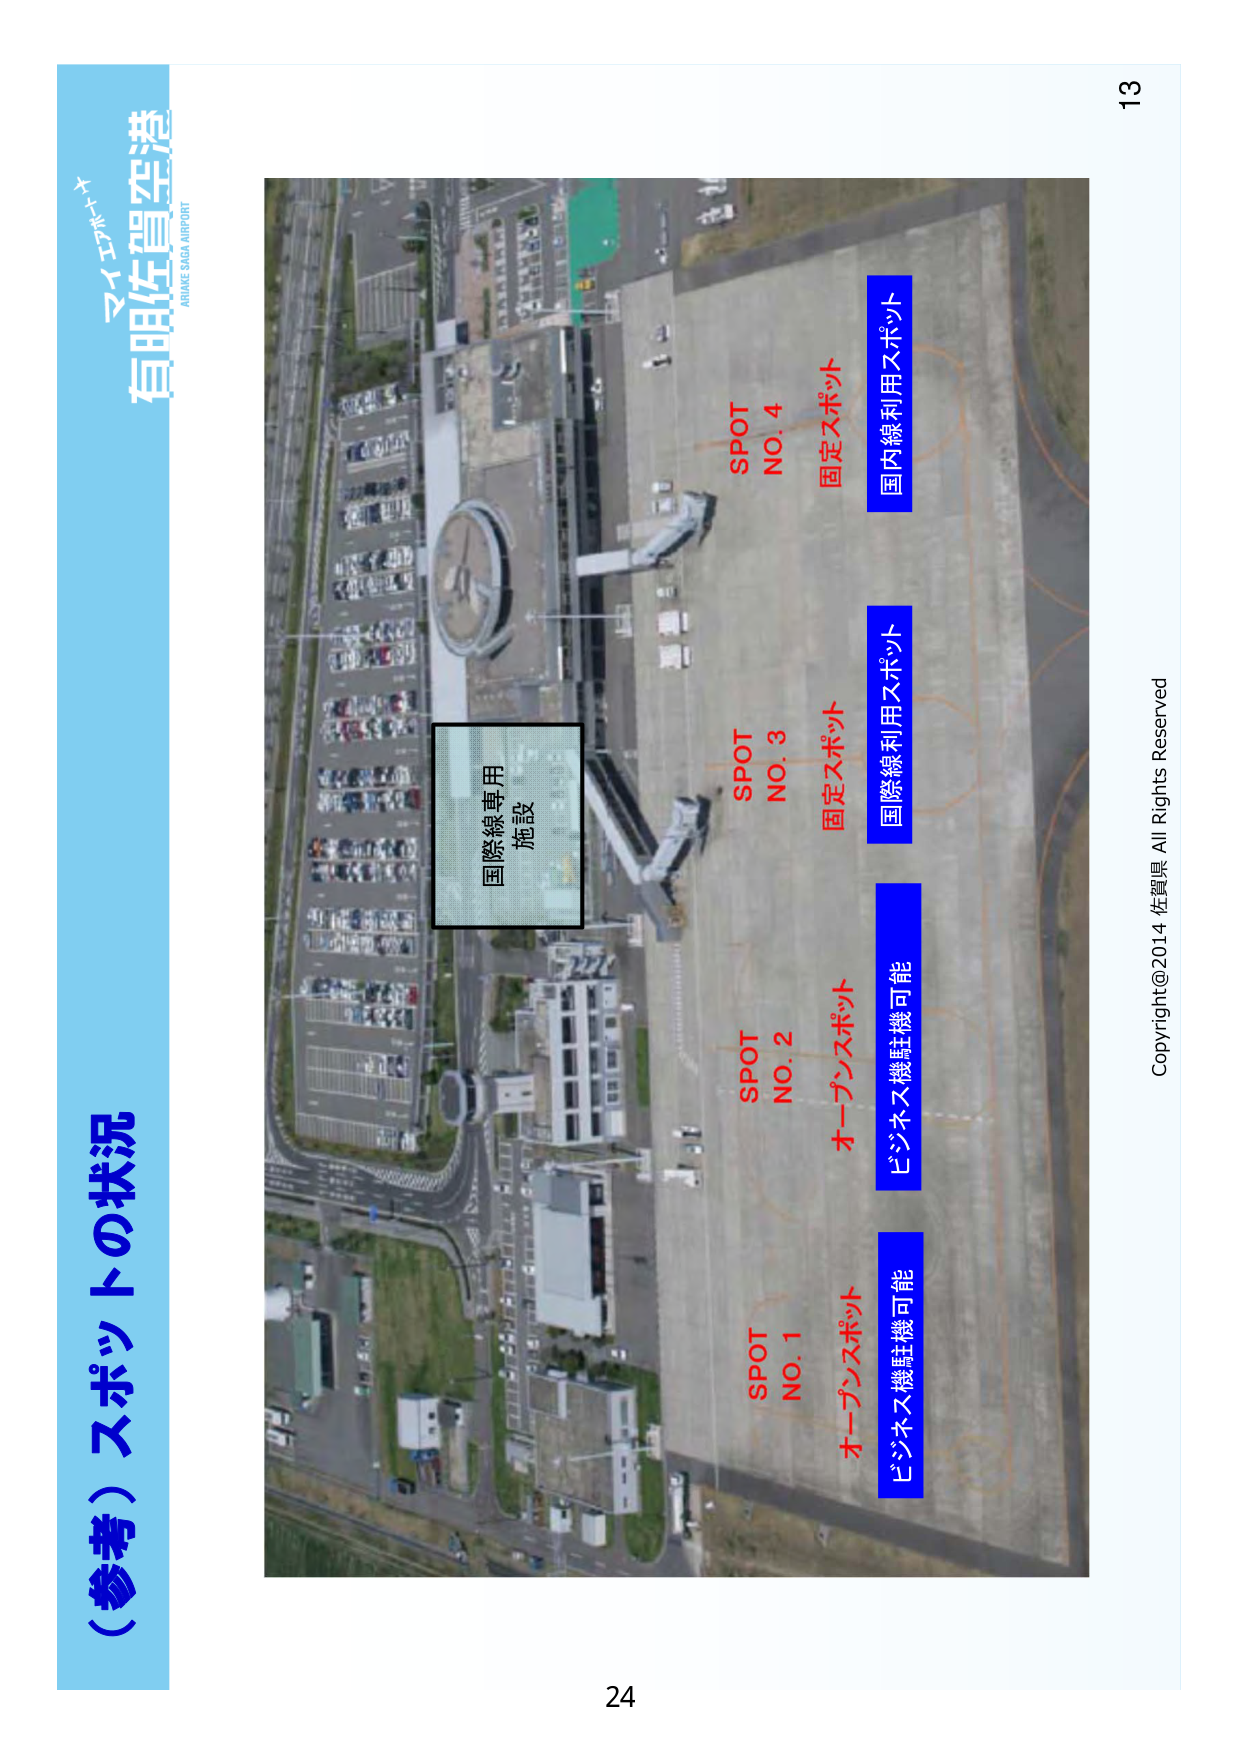
（参考）スポットの状況
マイホエイブ
有明佐賀空港
ARUAKI SAGA AIRPORT

SPOT
NO. 1
オープンスポット
ビジネス機駐機可能

SPOT
NO. 2
オープンスポット
ビジネス機駐機可能

SPOT
NO. 3
固定スポット
国際線利用スポット

SPOT
NO. 4
固定スポット
国内線利用スポット

国際線専用
施設

Copyright@2014 佐賀県 All Rights Reserved
13
24